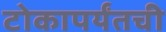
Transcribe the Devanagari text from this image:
टोकापर्यंतची